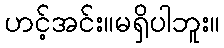
ဟင့်အင်း။မရှိပါဘူး။